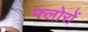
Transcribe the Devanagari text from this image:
फ्लोरों